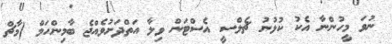
ނުވަ މީހުންނާ އެކު ކުޅުނު ޗެލްސީ އެސްޓަން ވިލާ އަތްދަށުވެއްޖެ ބާމިންހަމް (މާޗް